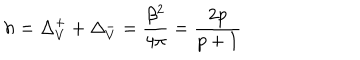
h = \Delta _ { V } ^ { + } + \Delta _ { V } ^ { - } = \displaystyle \frac { \beta ^ { 2 } } { 4 \pi } = \displaystyle \frac { 2 p } { p + 1 }